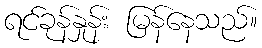
ရင်ခုန်နှုန်း မြန်နေသည်။